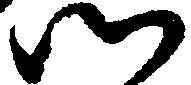
候